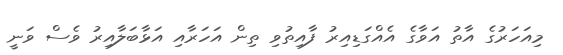
މިއަހަރުގެ އާތު އަވާގެ އެއްގަޑިއިރު ފާއިތުވި ތިން އަހަރާއި އަޅާބަލާއިރު ވެސް ވަނީ